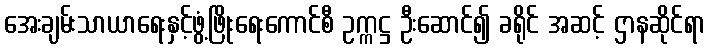
အေးချမ်းသာယာရေးနှင့်ဖွံ့ဖြိုးရေးကောင်စီ ဥက္ကဋ္ဌ ဦးဆောင်၍ ခရိုင် အဆင့် ဌာနဆိုင်ရာ